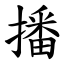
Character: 播